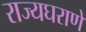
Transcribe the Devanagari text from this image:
राज्यघराणे